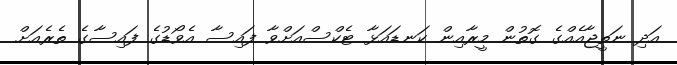
އަދި ނަތީޖާއެއްގެ ގޮތުން މީރާއިން ކަނޑައަޅާ ޓެކްސްއަށްވާ ފައިސާ އެވޯޑުގެ ފައިސާގެ ތެރެއަށް